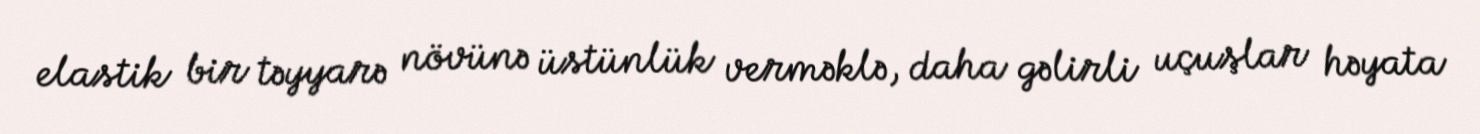
elastik bir təyyarə növünə üstünlük verməklə, daha gəlirli uçuşlar həyata